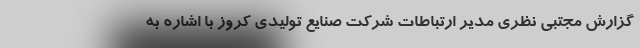
گزارش مجتبی نظری مدیر ارتباطات شرکت صنایع تولیدی کروز با اشاره به